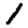
Digit: 1